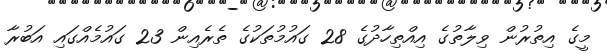
މީގެ އިތުރުން ވިލާތުގެ އިއްތިހާދުގެ 28 ގައުމުތަކުގެ ތެރެއިން 23 ގައުމެއްގައި އަބުރާ